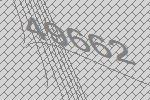
49662